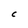
Character: C